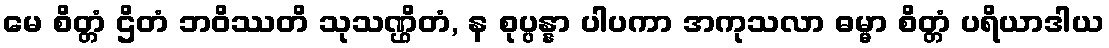
မေ စိတ္တံ ဌိတံ ဘဝိဿတိ သုသဏ္ဌိတံ, န စုပ္ပန္နာ ပါပကာ အကုသလာ ဓမ္မာ စိတ္တံ ပရိယာဒါယ